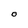
Character: O